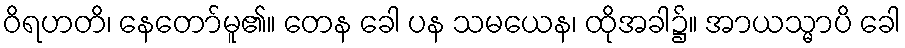
ဝိရဟတိ၊ နေတော်မူ၏။ တေန ခေါ ပန သမယေန၊ ထိုအခါ၌။ အာယသ္မာပိ ခေါ